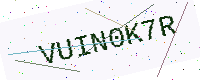
Text: VUIN0K7R